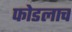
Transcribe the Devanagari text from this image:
फोडलाच